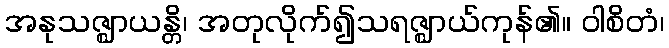
အနုသဇ္ဈာယန္တိ၊ အတုလိုက်၍သရဇ္ဈာယ်ကုန်၏။ ဝါစိတံ၊